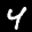
Label: 4